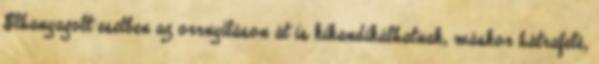
Elhanyagolt esetben az orrnyíláson át is kikandikálhatnak, máskor hátrafelé,